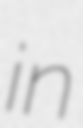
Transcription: in